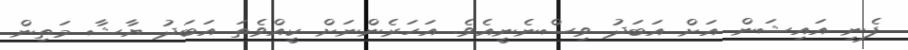
ފެނި އައިޝަން އަށް އަބަދު ވިސްނެނީއެވެ. އަހަރެންނަށް ކީއްވެތަ އަބަދު ޔާޝާ މަތިން